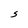
Character: S